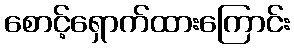
စောင့်ရှောက်ထားကြောင်း